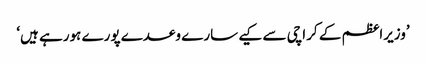
’وزیراعظم کے کراچی سے کیے سارے وعدے پورے ہورہے ہیں‘